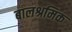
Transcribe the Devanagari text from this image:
बालश्रमिक